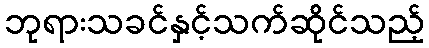
ဘုရားသခင်နှင့်သက်ဆိုင်သည့်